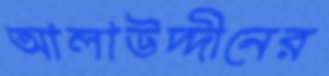
আলাউদ্দীনের